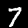
Label: 7